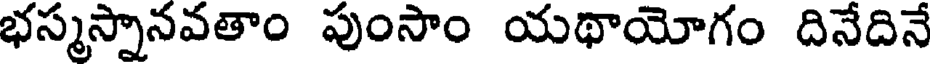
భస్మస్నానవతాం పుంసాం యథాయోగం దినేదినే